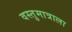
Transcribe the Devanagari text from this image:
वस्तुमात्राला